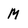
Character: M